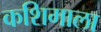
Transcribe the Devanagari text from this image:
कशिमाला